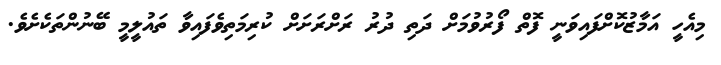
މިއެހީ އަމާޒުކޮށްފައިވަނީ ފޮތް ފޯރުވުމަށް ދަތި ދުރު ރަށްރަށަށް ކުރިމަތިވެފައިވާ ތައުލީމީ ބޭނުންތަކެށެވެ.